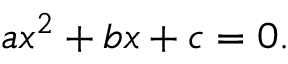
a x ^ { 2 } + b x + c = 0 .